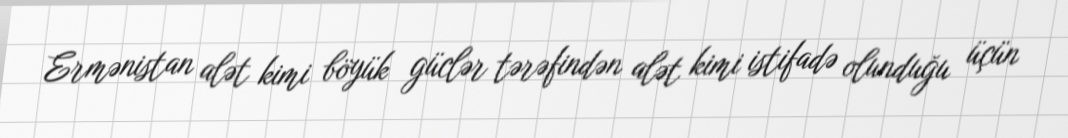
Ermənistan alət kimi böyük güclər tərəfindən alət kimi istifadə olunduğu üçün